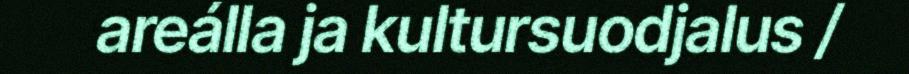
areálla ja kultursuodjalus /